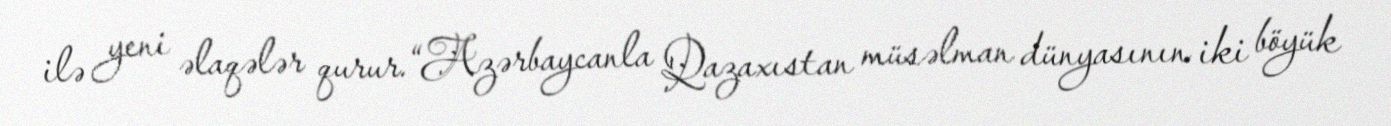
ilə yeni əlaqələr qurur.“Azərbaycanla Qazaxıstan müsəlman dünyasının iki böyük